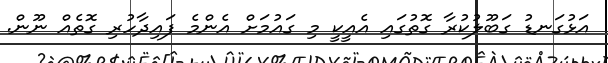
އަޅުގަނޑު ގަބޫލުކުރާ ގޮތުގައި އެއީކީ މި ގައުމަށް އެންމެ ފައިދާހުރި ގޮތެއް ނޫން.